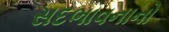
સદભાવનાનો